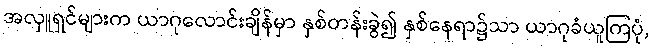
အလှူရှင်များက ယာဂုလောင်းချိန်မှာ နှစ်တန်းခွဲ၍ နှစ်နေရာ၌သာ ယာဂုခံယူကြပုံ,